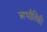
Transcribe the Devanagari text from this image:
अभौतिकी